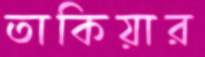
তাকিয়ার